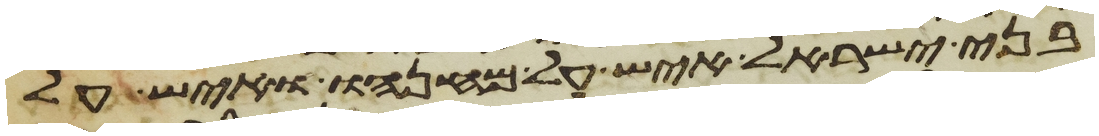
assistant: בני ישראל איש על מחנהו ואיש על